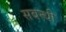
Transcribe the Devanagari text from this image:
सबन्धी